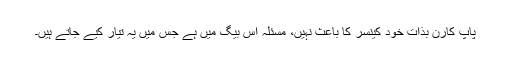
پاپ کارن بذات خود کینسر کا باعث نہیں، مسئلہ اس بیگ میں ہے جس میں یہ تیار کیے جاتے ہیں۔